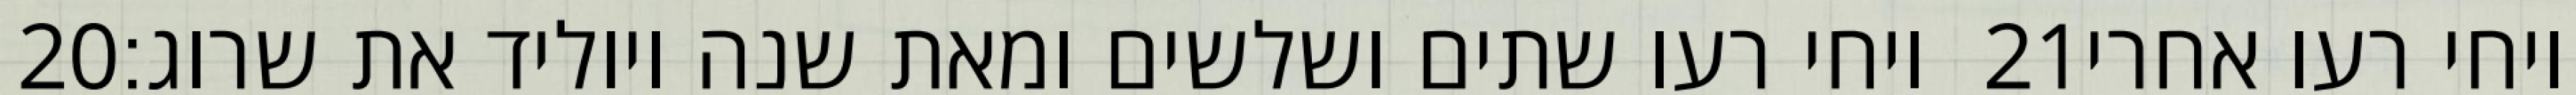
‎20‏ ויחי רעו שתים ושלשים ומאת שנה ויוליד את שרוג׃ ‎21‏ ויחי רעו אחרי